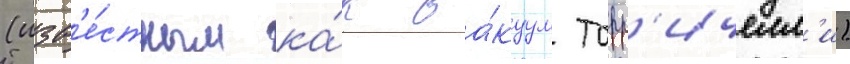
(изв'е́стным ка́к ва́куум торр'ичелл'и)